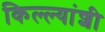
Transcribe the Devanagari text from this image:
किल्ल्यांशी